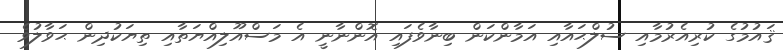
ޤައުމުގެ ކުރިއެރުމާއި ސުލްޙައާއި އަމާންކަން ބިނާވެފައި އޮންނާނީ އެ މަސްއޫލިއްޔަތާއި ތިޔަކުދިން ޙަވާލުވެ